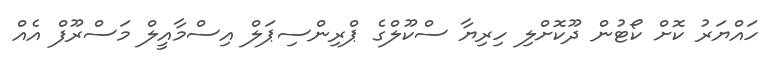
ހައްޔަރު ކޮށް ކޯޓުން ދޫކޮށްލި ހިރިޔާ ސްކޫލްގެ ޕްރިންސިޕަލް އިސްމާއީލް މަސްރޫފް އެއް